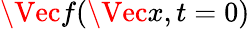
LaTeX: \Vec{f}(\Vec{x},t=0)